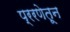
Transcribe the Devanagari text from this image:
प्ररणेतून